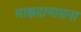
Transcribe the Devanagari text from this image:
माझदायासना